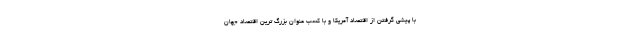
با پیشی گرفتن از اقتصاد آمریکا و با کسب عنوان بزرگ ترین اقتصاد جهان